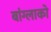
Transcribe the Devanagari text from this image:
बांग्लाको